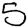
Digit: 5